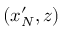
( x _ { N } ^ { \prime } , z )